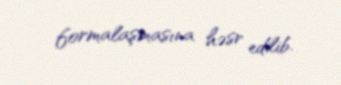
formalaşmasına həsr edilib.